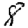
Digit: 8